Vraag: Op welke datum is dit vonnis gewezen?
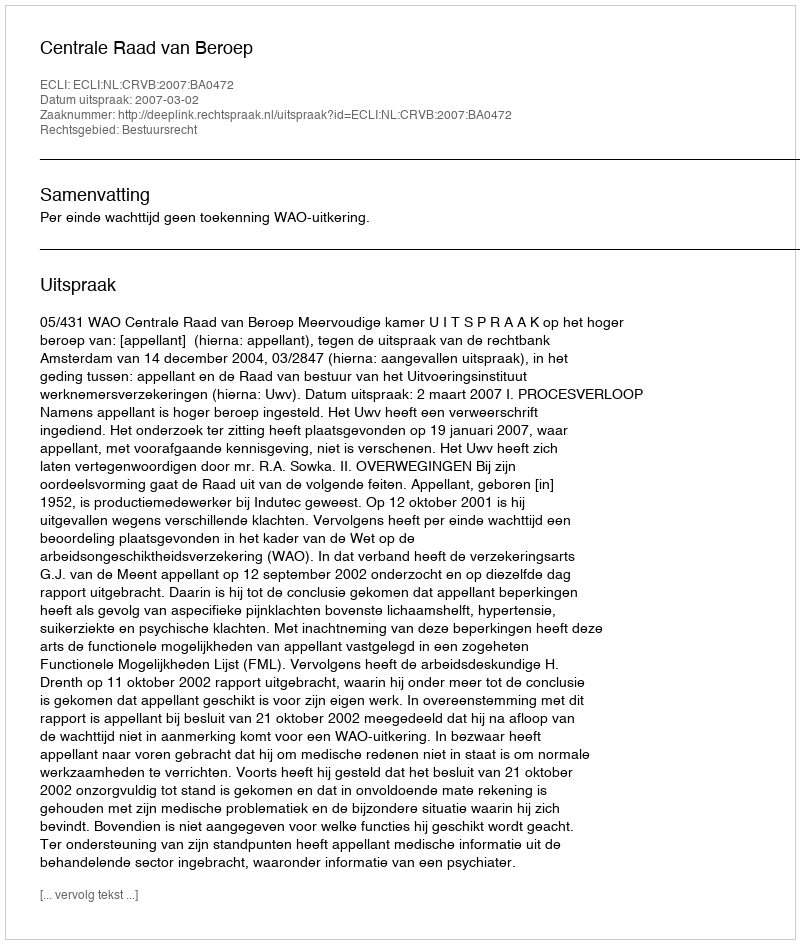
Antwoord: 2007-03-02